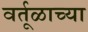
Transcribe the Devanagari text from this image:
वर्तूळाच्या